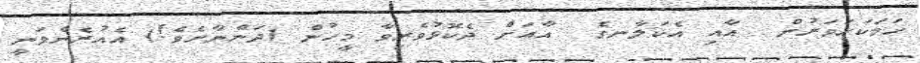
ހަމަކަށަވަރުން  އާއި އެކަލާނގެ  އާއަށް ދެކޮޅުވެރިވާ މީހުން (ދަންނާށެވެ!) އެއުރެންވަނީ